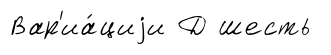
Вар'иа́циjи Д шесть